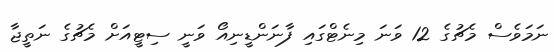
ނަމަވެސް މެޗުގެ 12 ވަނަ މިނެޓްގައި ފާނަންޑީނިއޯ ވަނީ ސިޓީއަށް މެޗުގެ ނަތީޖާ